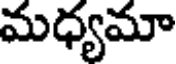
మధ్యమా